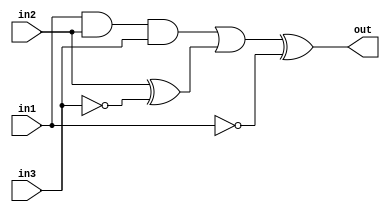
module Circuit_Behavioural (out, in1, in2, in3);
	
	output reg out;
	input in1;
	input in2;
	input in3;
	always @ (in1, in2, in3) begin
		out <= ( (in1 & in2 & in3) | (in2 ^ ~in3) ) ^ (~in1);
	end

endmodule //Circuit_Behavioural

module Test_Bench;
	
	reg a, b, c;
	wire out;
	Circuit_Behavioural CB (out, a, b, c);

	initial begin
                a = 0; b = 0; c = 0; # 10
                a = 0; b = 0; c = 1; # 10
                a = 0; b = 1; c = 0; # 10
                a = 0; b = 1; c = 1; # 10
                a = 1; b = 0; c = 0; # 10
                a = 1; b = 0; c = 1; # 10
                a = 1; b = 1; c = 0; # 10
                a = 1; b = 1; c = 1; # 10
		$finish;
	end

	initial 
		$monitor("Time = %2t, a = %b, b = %b, c = %b -> out = %b", $time, a, b, c, out);
endmodule